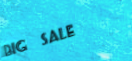
Big Sale